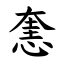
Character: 㥣